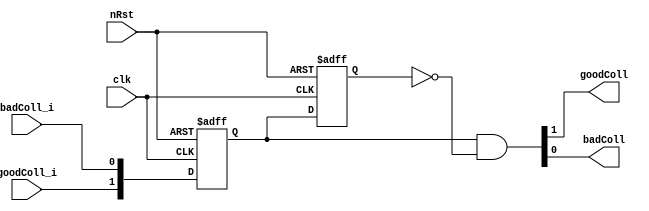
module t09_score_posedge_detector (
	clk,
	nRst,
	goodColl_i,
	badColl_i,
	goodColl,
	badColl
);
	input wire clk;
	input wire nRst;
	input wire goodColl_i;
	input wire badColl_i;
	output wire goodColl;
	output wire badColl;
	reg [1:0] N;
	reg [1:0] sig_out;
	wire [1:0] posEdge;
	always @(posedge clk or negedge nRst)
		if (~nRst) begin
			N <= 2'b00;
			sig_out <= 2'b00;
		end
		else begin
			N <= {goodColl_i, badColl_i};
			sig_out <= N;
		end
	assign posEdge = N & ~sig_out;
	assign goodColl = posEdge[1];
	assign badColl = posEdge[0];
endmodule